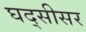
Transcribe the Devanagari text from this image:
घद्सीसर